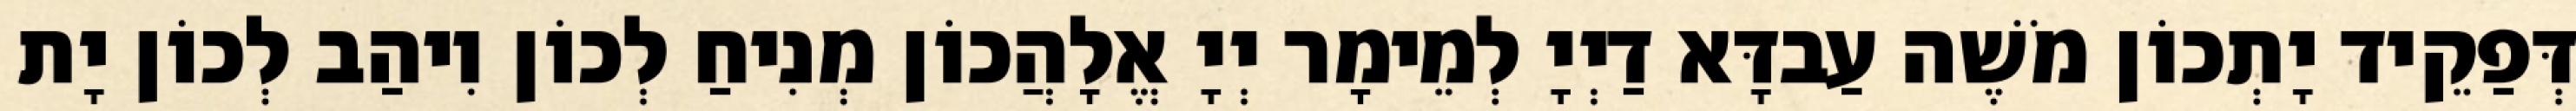
דְּפַקֵיד יָתְכוֹן מֹשֶׁה עַבדָּא דַיְיָ לְמֵימָר יְיָ אֱלָהֲכוֹן מְנִיחַ לְכוֹן וִיהַב לְכוֹן יָת